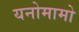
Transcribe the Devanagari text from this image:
यनोमामो